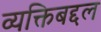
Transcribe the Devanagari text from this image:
व्यक्तिबद्दल